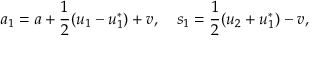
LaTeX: a _ { 1 } = a + \frac { 1 } { 2 } ( u _ { 1 } - u _ { 1 } ^ { * } ) + v , \quad s _ { 1 } = \frac { 1 } { 2 } ( u _ { 2 } + u _ { 1 } ^ { * } ) - v ,